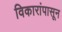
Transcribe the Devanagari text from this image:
विकारांपासून